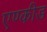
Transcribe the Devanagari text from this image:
एण्कीड